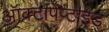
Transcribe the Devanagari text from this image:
ऑक्टापेप्टाइड